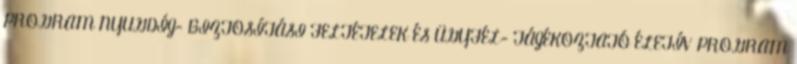
PROGRAM NYUGDÍJ- BIZTOSÍTÁSI FELTÉTELEK ÉS ÜGYFÉL- TÁJÉKOZTATÓ ÉLETÍV PROGRAM